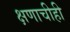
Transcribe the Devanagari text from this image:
क्षणाचीही